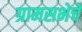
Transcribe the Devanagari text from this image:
ग्रामसभेचे